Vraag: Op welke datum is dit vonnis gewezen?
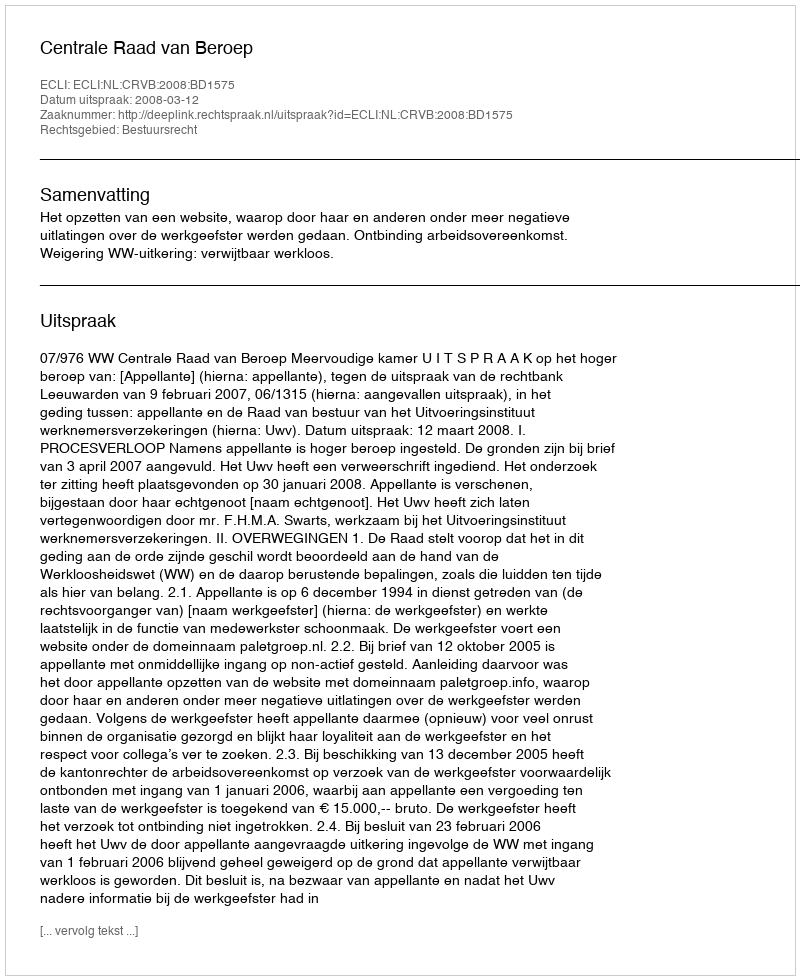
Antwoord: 2008-03-12